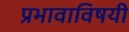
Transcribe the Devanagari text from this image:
प्रभावाविषयी